38_143685_box7_Incident_Summaries_1-100
Agency: Department of War
Page 34
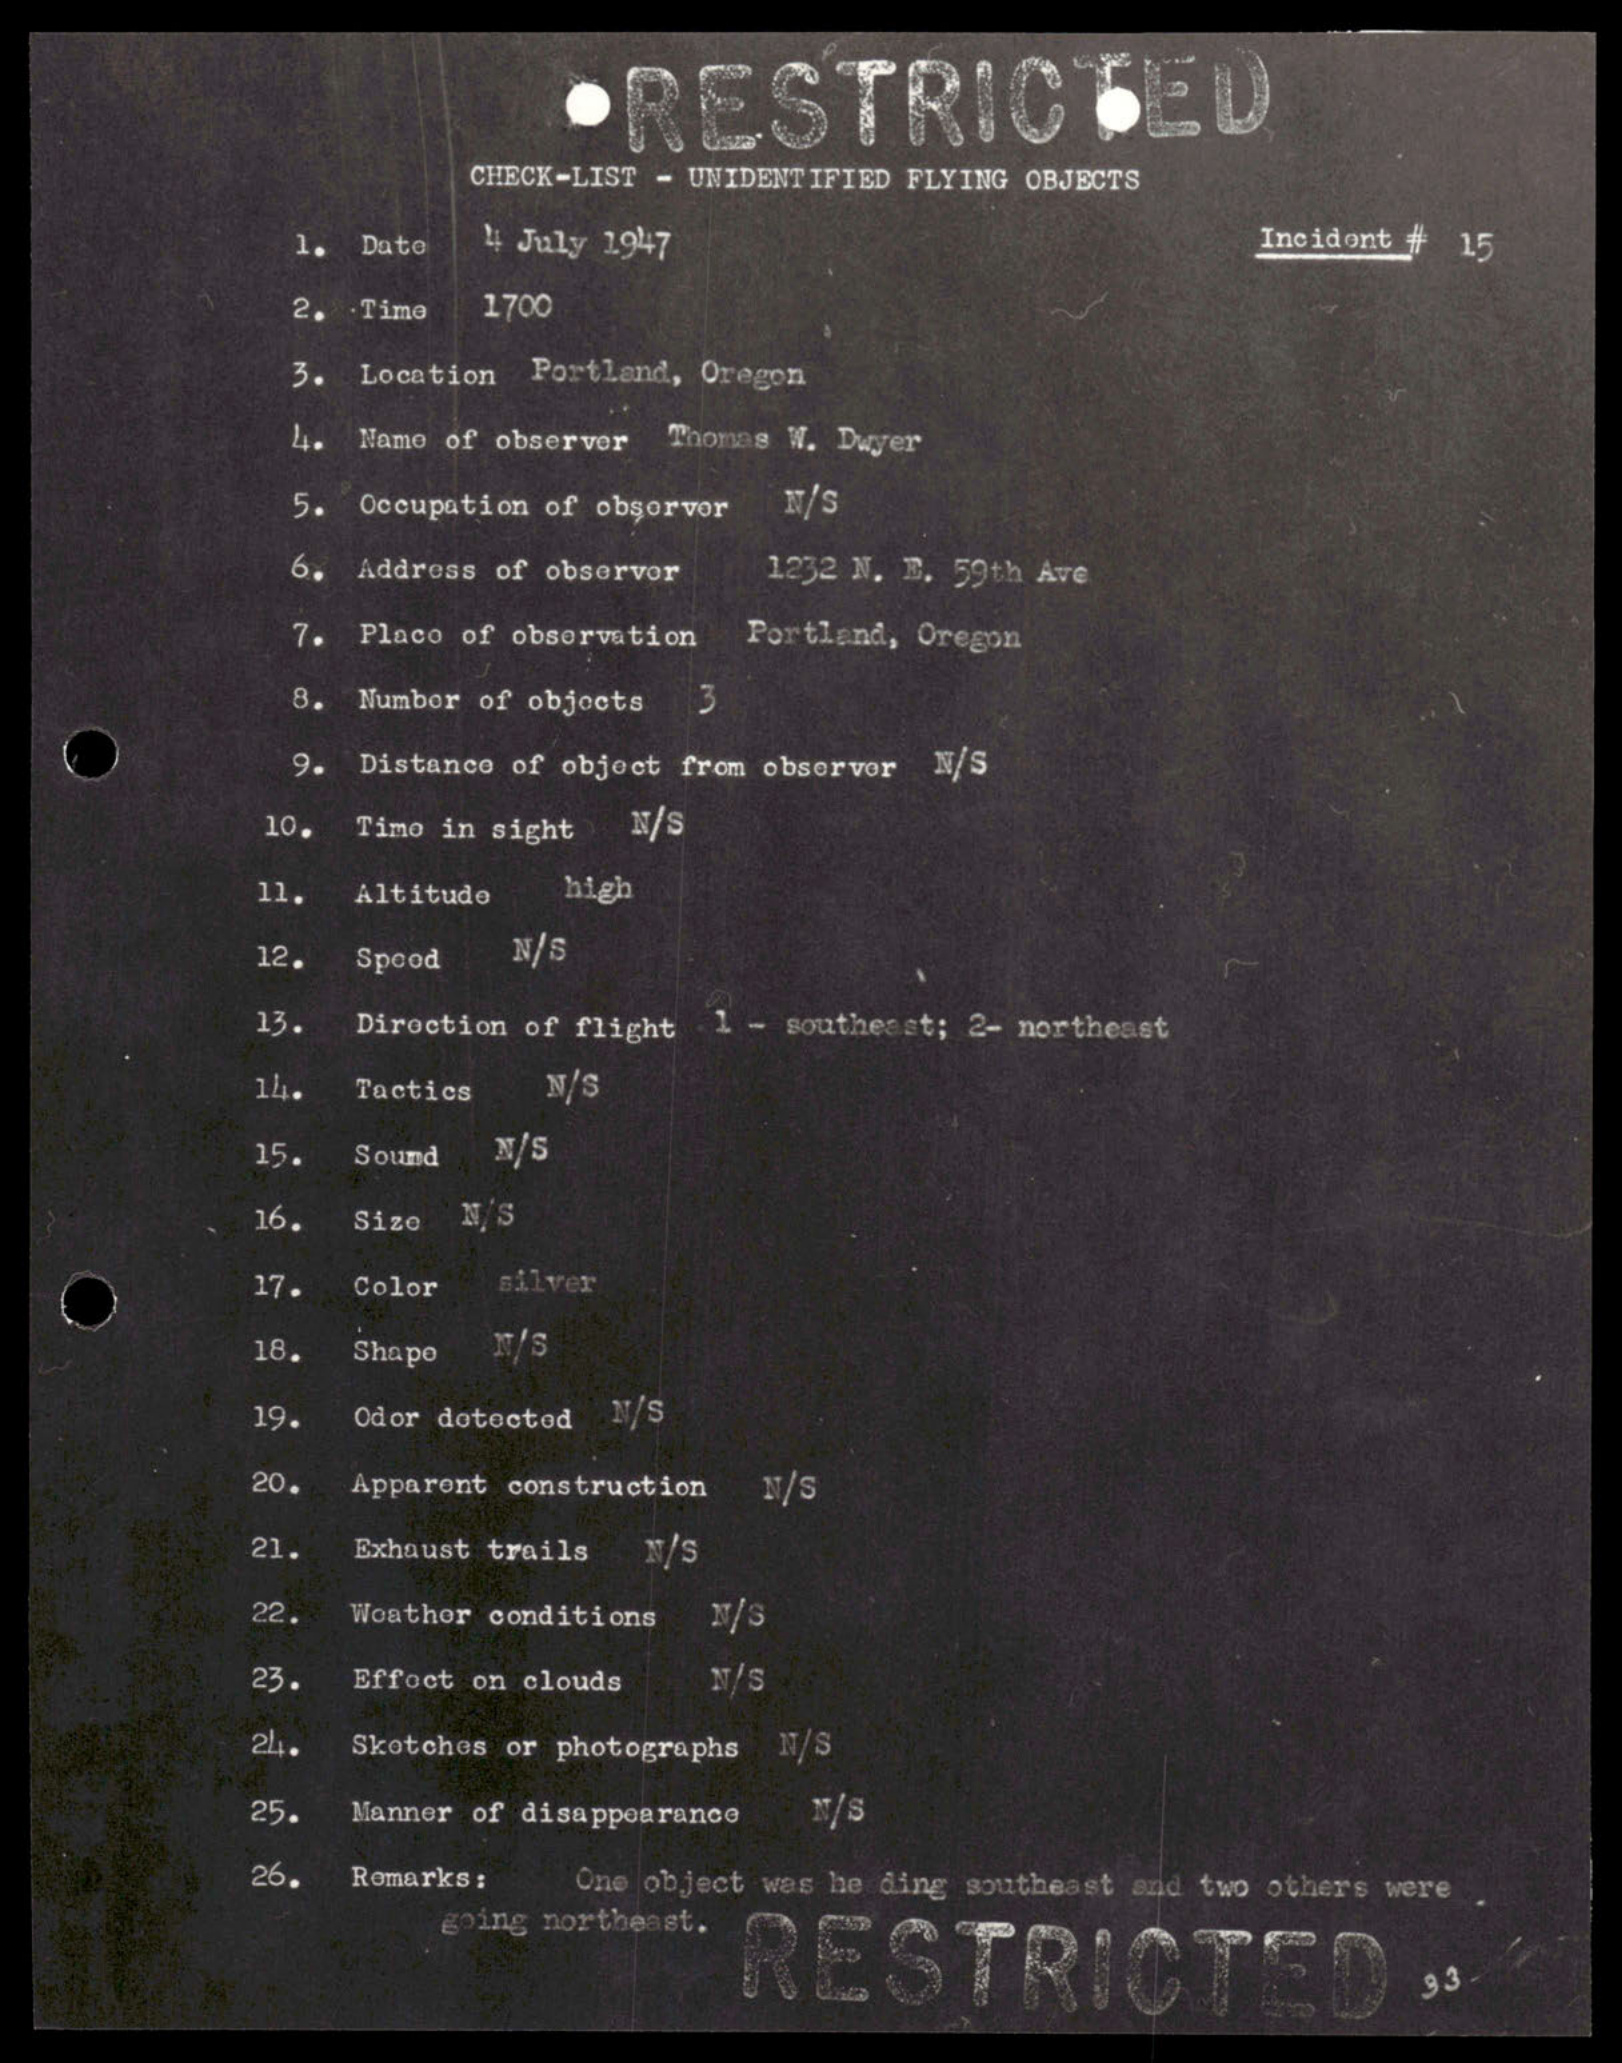